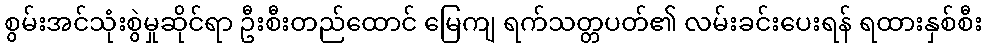
စွမ်းအင်သုံးစွဲမှုဆိုင်ရာ ဦးစီးတည်ထောင် မြေကျ ရက်သတ္တပတ်၏ လမ်းခင်းပေးရန် ရထားနှစ်စီး